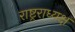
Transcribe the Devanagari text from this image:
राष्ट्रराध्यक्ष